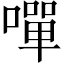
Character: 嘽